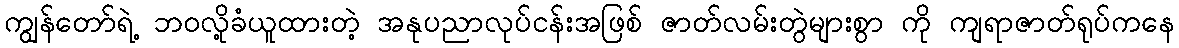
ကျွန်တော်ရဲ့ ဘဝလို့ခံယူထားတဲ့ အနုပညာလုပ်ငန်းအဖြစ် ဇာတ်လမ်းတွဲများစွာ ကို ကျရာဇာတ်ရုပ်ကနေ